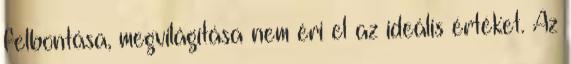
felbontása, megvilágítása nem éri el az ideális értéket. Az